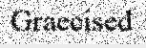
Graecised